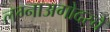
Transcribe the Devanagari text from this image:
लग्नाअगोदरचे